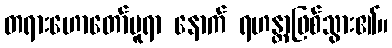
တရားဟောတော်မူရာ နောက် ရဟန္တာဖြစ်သွား၏။